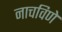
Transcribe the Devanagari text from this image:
नाचविणे